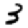
Digit: 3